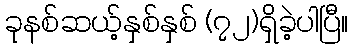
ခုနစ်ဆယ့်နှစ်နှစ် (၇၂)ရှိခဲ့ပါပြီ။